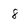
Character: 8